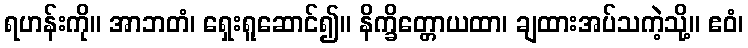
ရဟန်းကို။ အာဘတံ၊ ရှေးရူဆောင်၍။ နိက္ခိတ္တောယထာ၊ ချထားအပ်သကဲ့သို့။ ဧဝံ၊